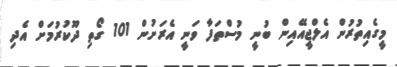
މީގެއިތުރުން އެލްޖީއޭއިން ބުނީ މުސްތަފާ ވަނީ އެރަށުން 101 ގޯތި ދޫކުރުމަށް އެދި